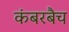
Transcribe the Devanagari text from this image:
कंबरबैच